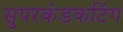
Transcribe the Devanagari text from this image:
सुपरकंडकटिंग